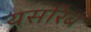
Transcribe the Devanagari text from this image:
यसरिब